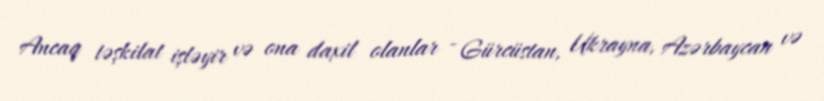
Ancaq təşkilat işləyir və ona daxil olanlar - Gürcüstan, Ukrayna, Azərbaycan və